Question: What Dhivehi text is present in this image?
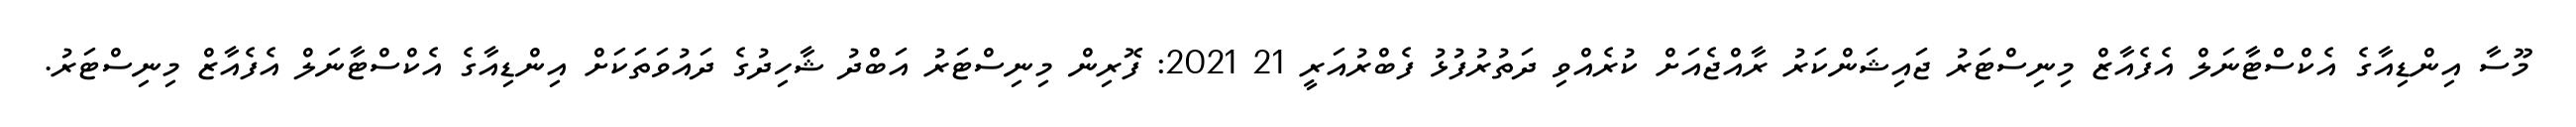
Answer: މޫސާ އިންޑިއާގެ އެކްސްޓާނަލް އެފެއާޒް މިނިސްޓަރު ޖައިޝަންކަރު ރާއްޖެއަށް ކުރެއްވި ދަތުރުފުޅު ފެބްރުއަރީ 21 2021: ފޮރިން މިނިސްޓަރު އަބްދު ޝާހިދުގެ ދައުވަތަކަށް އިންޑިއާގެ އެކްސްޓާނަލް އެފެއާޒް މިނިސްޓަރު.